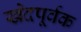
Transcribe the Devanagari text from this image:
खेदपूर्वक